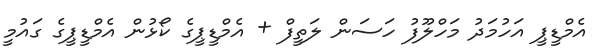
އެމްޑީޕީ އަހުމަދު މަހްލޫފު ހަސަން ލަތީފް + އެމްޑީޕީގެ ކޯޅުން އެމްޑީޕީގެ ގައުމީ